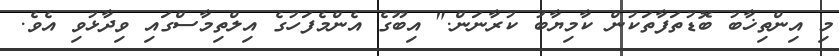
މި އިންތިޚާބު ބޮޑުތަފާތަކުން ކާމިޔާބު ކުރާނަން." އިބޫގެ އެންމެފަހުގެ އިލްތިމާސްގައި ވިދާޅުވި އެވެ.